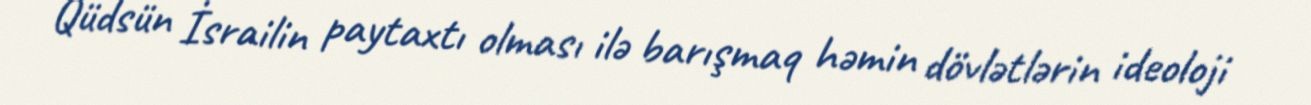
Qüdsün İsrailin paytaxtı olması ilə barışmaq həmin dövlətlərin ideoloji